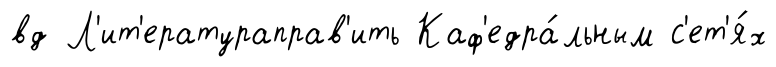
вд Л'ит'ератураправ'ить Каф'едра́льным с'ет'я́х